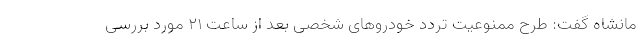
مانشاه گفت: طرح ممنوعیت تردد خودروهای شخصی بعد از ساعت ۲۱ مورد بررسی